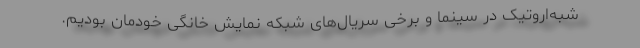
شبه‌اروتیک در سینما و برخی سریال‌های شبکه نمایش خانگی خودمان بودیم.